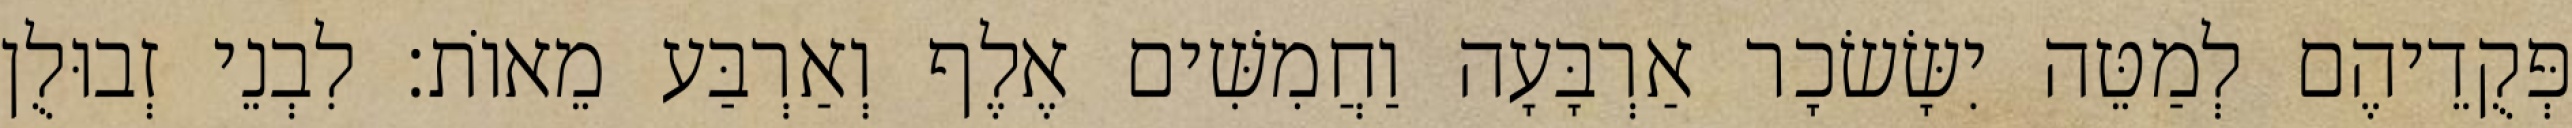
פְּקֻדֵיהֶם לְמַטֵּה יִשָּׂשׂכָר אַרְבָּעָה וַחֲמִשִּׁים אֶלֶף וְאַרְבַּע מֵאוֹת׃ לִבְנֵי זְבוּלֻן